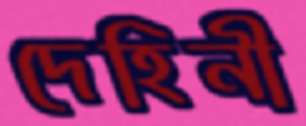
দেহিনী